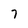
Character: 7